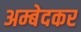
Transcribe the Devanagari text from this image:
अम्बेदकर